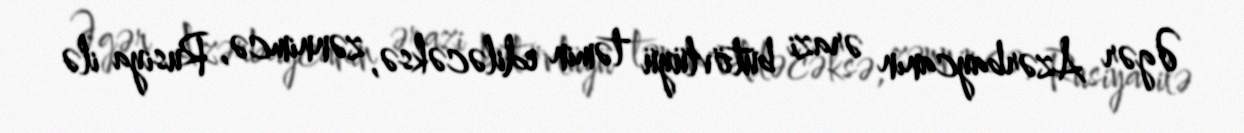
Əgər Azərbaycanın ərazi bütövlüyü təmin ediləcəksə, zənnimcə, Rusiya ilə